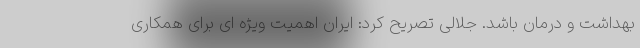
بهداشت و درمان باشد. جلالی تصریح کرد: ایران اهمیت ویژه ای برای همکاری